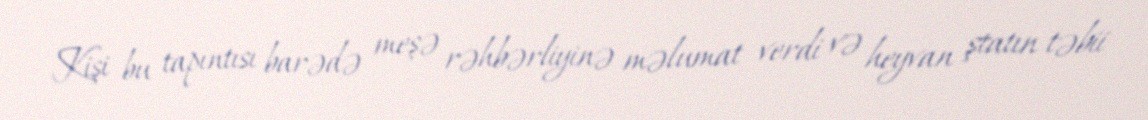
Kişi bu tapıntısı barədə meşə rəhbərliyinə məlumat verdi və heyvan ştatın təbii